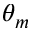
\theta _ { m }